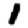
Digit: 1